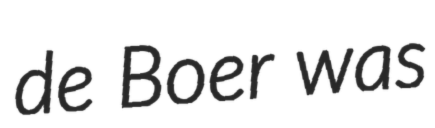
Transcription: de Boer was